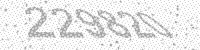
Solution: 229820